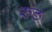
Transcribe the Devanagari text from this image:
रुठ